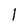
Character: 1